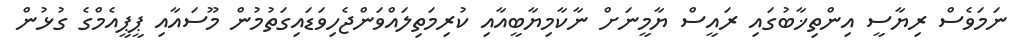
ނަމަވެސް ރިޔާސީ އިންތިޚާބުގައި ރައީސް ޔާމީނަށް ނާކާމިޔާބީއާއި ކުރިމަތިލައްވަންޖެހިވަޑައިގަތުމުން މޫސައާއި ޕީޕީއެމްގެ ގުޅުން